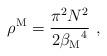
LaTeX: \begin{align*}\rho^{\rm M}={\pi^2 N^2 \over 2 {{\beta}_{\rm M}}^4}\ ,\end{align*}